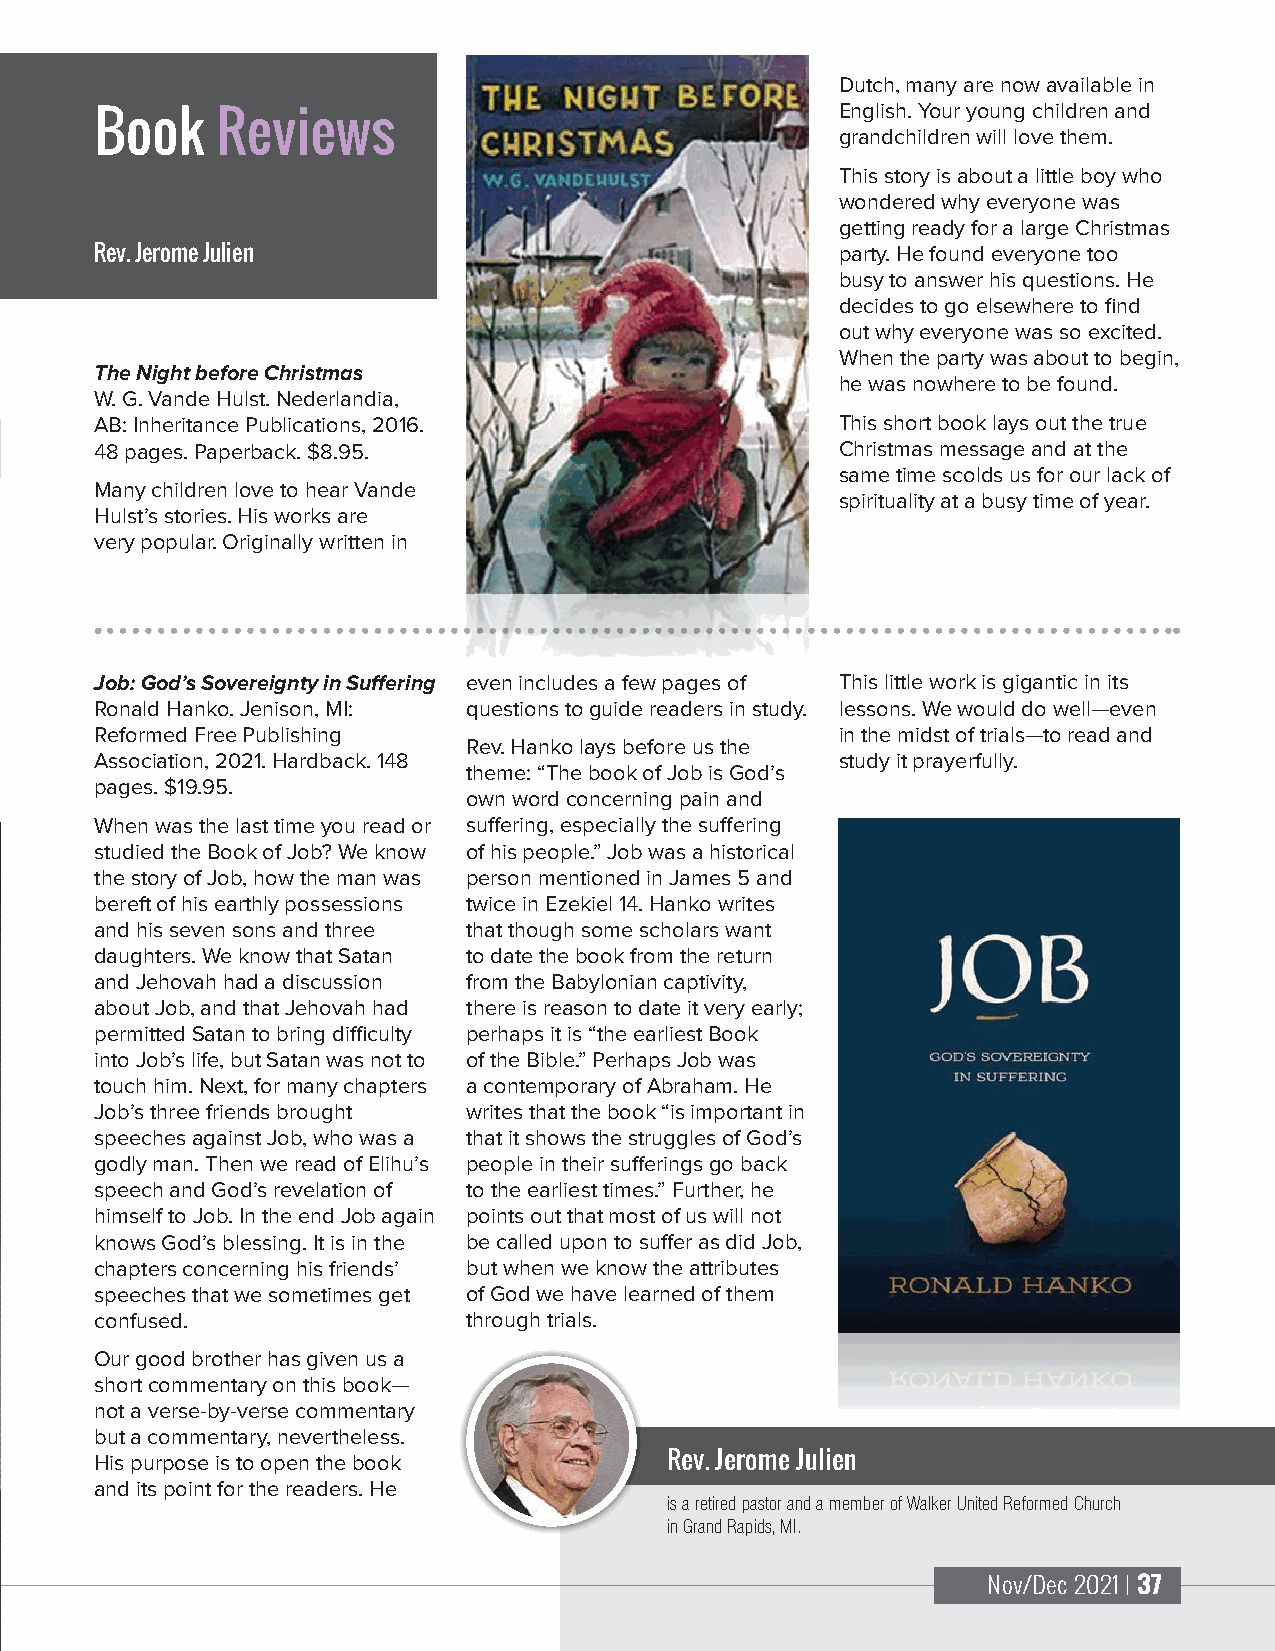
Dutch, many are now available in
 English. Your young children and
 Book    Reviews
 grandchildren will love them.
 This story is about a little boy who
 wondered why everyone was
 getting ready for a large Christmas
 Rev. Jerome Julien                                party. He found everyone too
 busy to answer his questions. He
 decides to go elsewhere to find
 out why everyone was so excited.
 When the party was about to begin,
 The Night before Christmas
 he was nowhere to be found.
 W. G. Vande Hulst. Nederlandia,
 AB: Inheritance Publications, 2016.               This short book lays out the true
 48 pages. Paperback. $8.95.                       Christmas message and at the
 same time scolds us for our lack of
 Many children love to hear Vande
 spirituality at a busy time of year.
 Hulst’s stories. His works are
 very popular. Originally written in
 Job: God’s Sovereignty in Suffering even includes a few pages of This little work is gigantic in its
 Ronald Hanko. Jenison, MI: questions to guide readers in study. lessons. We would do well—even
 Reformed Free Publishing                          in the midst of trials—to read and
 Rev. Hanko lays before us the
 Association, 2021. Hardback. 148                  study it prayerfully.
 theme: “The book of Job is God’s
 pages. $19.95.
 own word concerning pain and
 When was the last time you read or suffering, especially the suffering
 studied the Book of Job? We know of his people.” Job was a historical
 the story of Job, how the man was person mentioned in James 5 and
 bereft of his earthly possessions twice in Ezekiel 14. Hanko writes
 and his seven sons and three that though some scholars want
 daughters. We know that Satan to date the book from the return
 and Jehovah had a discussion from the Babylonian captivity,
 about Job, and that Jehovah had there is reason to date it very early;
 permitted Satan to bring difficulty perhaps it is “the earliest Book
 into Job’s life, but Satan was not to of the Bible.” Perhaps Job was
 touch him. Next, for many chapters a contemporary of Abraham. He
 Job’s three friends brought writes that the book “is important in
 speeches against Job, who was a that it shows the struggles of God’s
 godly man. Then we read of Elihu’s people in their sufferings go back
 speech and God’s revelation of to the earliest times.” Further, he
 himself to Job. In the end Job again points out that most of us will not
 knows God’s blessing. It is in the be called upon to suffer as did Job,
 chapters concerning his friends’ but when we know the attributes
 speeches that we sometimes get of God we have learned of them
 confused.                through trials.
 Our good brother has given us a
 short commentary on this book—
 not a verse-by-verse commentary
 but a commentary, nevertheless.
 His purpose is to open the book       Rev. Jerome Julien
 and its point for the readers. He
 is a retired pastor and a member of Walker United Reformed Church
 in Grand Rapids, MI.
 Nov/Dec 2021 | 37